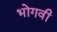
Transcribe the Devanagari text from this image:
भोगवी